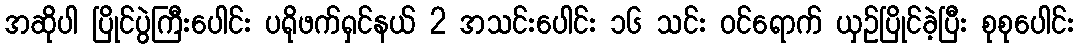
အဆိုပါ ပြိုင်ပွဲကြီးပေါင်း ပရိုဖက်ရှင်နယ် 2 အသင်းပေါင်း ၁၆ သင်း ဝင်ရောက် ယှဥ်ပြိုင်ခဲ့ပြီး စုစုပေါင်း